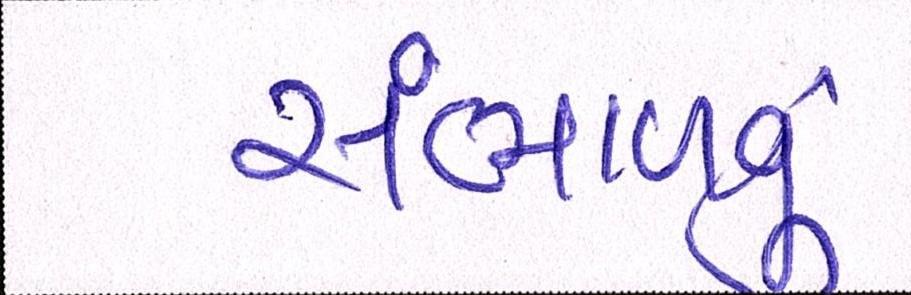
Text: સંભાળવું